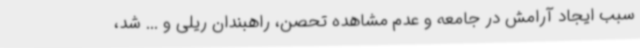
سبب ایجاد آرامش در جامعه و عدم مشاهده تحصن، راهبندان ریلی و ... شد،